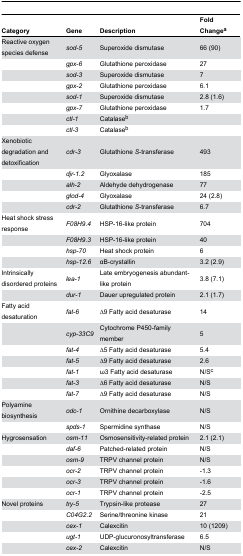
| Category | Gene | Description | Fold Changea |
 | --- | --- | --- | --- |
 | Reactive oxygen species defense | sod-5 | Superoxide dismutase | 66 (90) |
 |  | gpx-6 | Glutathione peroxidase | 27 |
 |  | sod-3 | Superoxide dismutase | 7 |
 |  | gpx-2 | Glutathione peroxidase | 6.1 |
 |  | sod-1 | Superoxide dismutase | 2.8 (1.6) |
 |  | gpx-7 | Glutathione peroxidase | 1.7 |
 |  | ctl-1 | Catalaseb |  |
 |  | ctl-3 | Catalaseb |  |
 | Xenobiotic degradation and detoxification | cdr-3 | Glutathione S-transferase | 493 |
 |  | djr-1.2 | Glyoxalase | 185 |
 |  | alh-2 | Aldehyde dehydrogenase | 77 |
 |  | glod-4 | Glyoxalase | 24 (2.8) |
 |  | cdr-2 | Glutathione S-transferase | 6.7 |
 | Heat shock stress response | F08H9.4 | HSP-16-like protein | 704 |
 |  | F08H9.3 | HSP-16-like protein | 40 |
 |  | hsp-70 | Heat shock protein | 6 |
 |  | hsp-12.6 | αB-crystallin | 3.2 (2.9) |
 | Intrinsically disordered proteins | lea-1 | Late embryogenesis abundant-like protein | 3.8 (7.1) |
 |  | dur-1 | Dauer upregulated protein | 2.1 (1.7) |
 | Fatty acid desaturation | fat-6 | ∆9 Fatty acid desaturase | 14 |
 |  | cyp-33C9 | Cytochrome P450-family member | 5 |
 |  | fat-4 | ∆5 Fatty acid desaturase | 5.4 |
 |  | fat-5 | ∆9 Fatty acid desaturase | 2.6 |
 |  | fat-1 | ω3 Fatty acid desaturase | N/Sc |
 |  | fat-3 | ∆6 Fatty acid desaturase | N/S |
 |  | fat-7 | ∆9 Fatty acid desaturase | N/S |
 | Polyamine biosynthesis | odc-1 | Ornithine decarboxylase | N/S |
 |  | spds-1 | Spermidine synthase | N/S |
 | Hygrosensation | osm-11 | Osmosensitivity-related protein | 2.1 (2.1) |
 |  | daf-6 | Patched-related protein | N/S |
 |  | osm-9 | TRPV channel protein | N/S |
 |  | ocr-2 | TRPV channel protein | -1.3 |
 |  | ocr-3 | TRPV channel protein | -1.6 |
 |  | ocr-1 | TRPV channel protein | -2.5 |
 | Novel proteins | try-5 | Trypsin-like protease | 27 |
 |  | C04G2.2 | Serine/threonine kinase | 21 |
 |  | cex-1 | Calexcitin | 10 (1209) |
 |  | ugt-1 | UDP-glucuronosyltransferase | 6.5 |
 |  | cex-2 | Calexcitin | N/S |